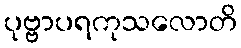
ပုဗ္ဗာပရကုသလောတိ